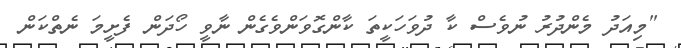
"މިއަދު މެންދުރު ނުވެސް ކާ ދުވަހަކީތަ ކާންގޮވަންވެގެން ނާވީ ހޯދަން ފެށީމަ ނެތްކަން